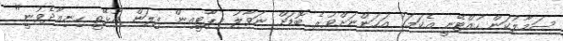
ސަމާލުކަން ހުއްޓޭނީ އެކަމަކު އަހަންނަށްވުރެ ބޮޑަށް ނަވާލު މިޕާޓީއިން ފިލަން އުޅޭތީ ހިނިއާދެވުނީ"